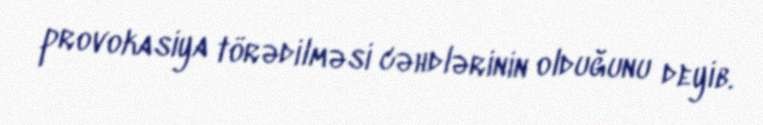
provokasiya törədilməsi cəhdlərinin olduğunu deyib.